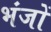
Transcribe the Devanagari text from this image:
भंजों